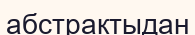
абстрактыдан